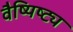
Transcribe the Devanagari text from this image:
वैष्यिष्ट्य